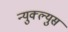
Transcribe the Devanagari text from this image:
न्युक्ल्युस